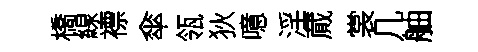
橋線褾傘瓴狄噫淫蕆裳几舳